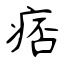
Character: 痞